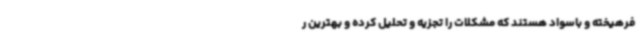
فرهیخته و باسواد هستند که مشکلات را تجزیه و تحلیل کرده و بهترین ر